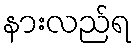
နားလည်ရ